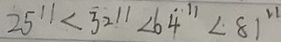
2 5 ^ { 1 1 } < 3 2 ^ { 1 1 } < 6 4 ^ { 1 1 } \angle 8 1 ^ { 2 1 }